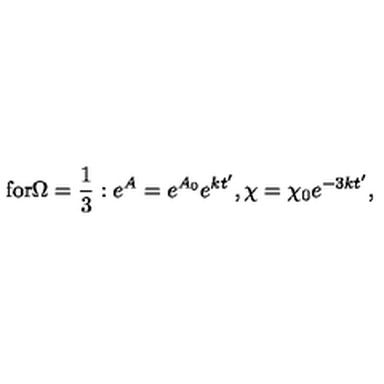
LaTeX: \mathrm { f o r } \Omega = \frac { 1 } { 3 } : e ^ { A } = e ^ { A _ { 0 } } e ^ { k t ^ { \prime } } , \chi = \chi _ { 0 } e ^ { - 3 k t ^ { \prime } } ,